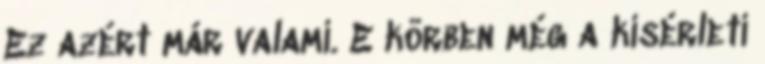
Ez azért már valami. E körben még a kísérleti